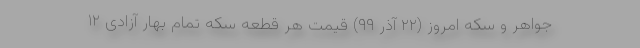
جواهر و سکه امروز (۲۲ آذر ۹۹) قیمت هر قطعه سکه تمام بهار آزادی ۱۲